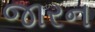
જારન